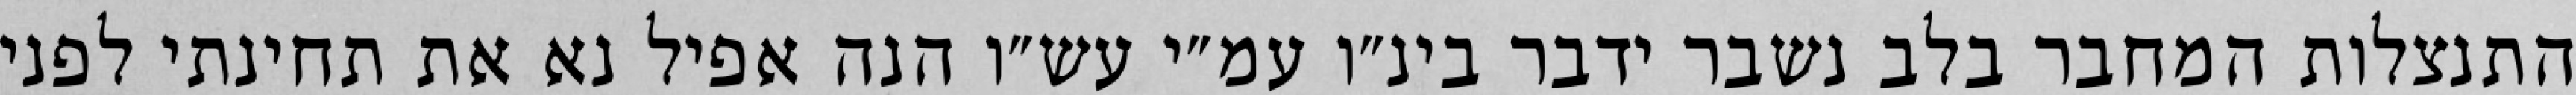
התנצלות המחבר בלב נשבר ידבר בינ״ו עמ״י עש״ו הנה אפיל נא את תחינתי לפני